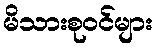
မိသားစုဝင်များ